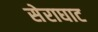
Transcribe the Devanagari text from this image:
सेराघाट